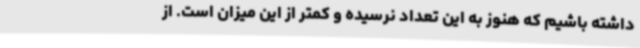
داشته باشیم که هنوز به این تعداد نرسیده و کمتر از این میزان است. از